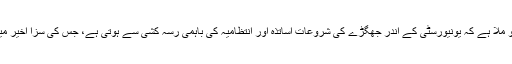
گزشتہ چند سالوں سے ایسا دیکھنے کو ملا ہے کہ یونیورسٹی کے اندر جھگڑے کی شروعات اساتذہ اور انتظامیہ کی باہمی رسہ کشی سے ہوتی ہے، جس کی سزا اخیر میں طلباء برادری کو بھگتنی پڑتی ہے۔